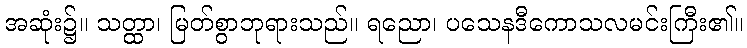
အဆုံး၌။ သတ္ထာ၊ မြတ်စွာဘုရားသည်။ ရညော၊ ပသေနဒီကောသလမင်းကြီး၏။